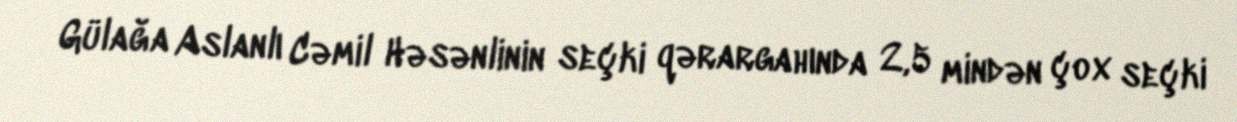
Gülağa Aslanlı Cəmil Həsənlinin seçki qərargahında 2,5 mindən çox seçki